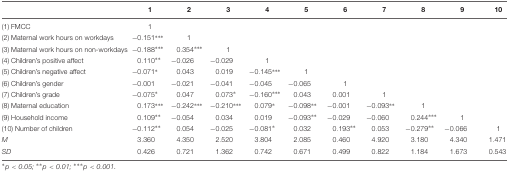
|  | 1 | 2 | 3 | 4 | 5 | 6 | 7 | 8 | 9 | 10 |
 | --- | --- | --- | --- | --- | --- | --- | --- | --- | --- | --- |
 | (1) FMCC | 1 |  |  |  |  |  |  |  |  |  |
 | (2) Maternal work hours on workdays | -0.151*** | 1 |  |  |  |  |  |  |  |  |
 | (3) Maternal work hours on non-workdays | -0.188*** | 0.354*** | 1 |  |  |  |  |  |  |  |
 | (4) Children’s positive affect | 0.110** | -0.026 | -0.029 | 1 |  |  |  |  |  |  |
 | (5) Children’s negative affect | -0.071* | 0.043 | 0.019 | -0.145*** | 1 |  |  |  |  |  |
 | (6) Children’s gender | -0.001 | -0.021 | -0.041 | -0.045 | -0.065 | 1 |  |  |  |  |
 | (7) Children’s grade | -0.075* | 0.047 | 0.073* | -0.160*** | 0.043 | 0.001 | 1 |  |  |  |
 | (8) Maternal education | 0.173*** | -0.242*** | -0.210*** | 0.079* | -0.098** | -0.001 | -0.093** | 1 |  |  |
 | (9) Household income | 0.109** | -0.054 | 0.034 | 0.019 | -0.093** | -0.029 | -0.060 | 0.244*** | 1 |  |
 | (10) Number of children | -0.112** | 0.054 | -0.025 | -0.081* | 0.032 | 0.193** | 0.053 | -0.279** | -0.066 | 1 |
 | M | 3.360 | 4.350 | 2.520 | 3.804 | 2.085 | 0.460 | 4.920 | 3.180 | 4.340 | 1.471 |
 | SD | 0.426 | 0.721 | 1.362 | 0.742 | 0.671 | 0.499 | 0.822 | 1.184 | 1.673 | 0.543 |